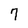
Character: 7